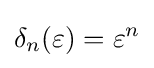
\delta _{n}(\varepsilon )=\varepsilon ^{n}